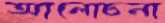
আলোচনা